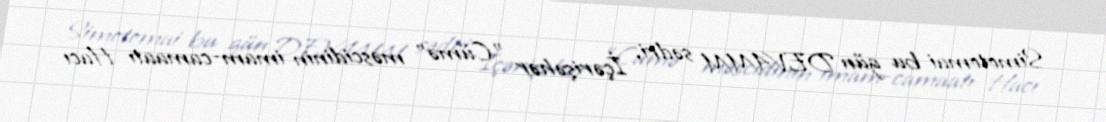
Simotomai bu gün DEVAMM sədri, İçərişəhər "Cümə" məscidinin imam-camaatı Hacı